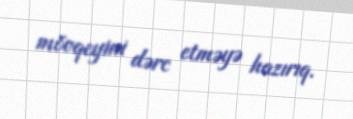
mövqeyini dərc etməyə hazırıq.